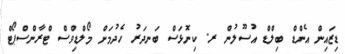
ޑިޒައިން އެންޑް ބިލްޑް އުސޫލުން ރ. ކިނޮޅަސް ބަނދަރު ހެދުމަށް މޯލްޑިވްސް ޓްރާންސްޕޯޓް